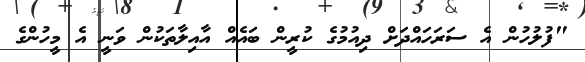
"ފުލުހުން އެ ސަރަހައްދަށް ދިއުމުގެ ކުރީން ބައެއް އާއިލާތަކުން ވަނީ އެ މީހުންގެ